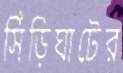
সিঁড়িঘাটের